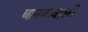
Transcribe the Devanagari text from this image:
बानकवाली